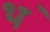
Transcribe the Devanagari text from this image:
थ॓